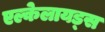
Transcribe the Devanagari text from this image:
एल्केलायड्स